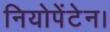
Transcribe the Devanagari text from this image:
नियोपेंटेन।